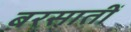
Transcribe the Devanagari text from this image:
बरसातीं